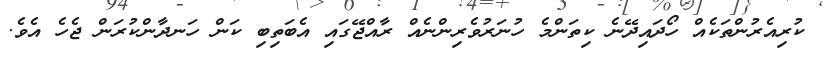
ކުރިއެރުންތަކެއް ހޯދައިދޭނެ ކިތަންމެ ހުނަރުވެރިންނެއް ރާއްޖޭގައި އެބަތިބި ކަން ހަނދާންކުރަން ޖެހެ އެވެ.